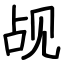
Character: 觇